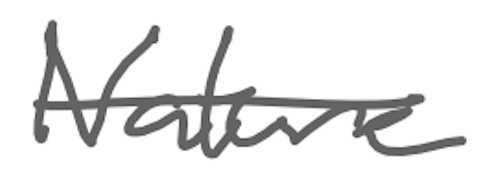
Text: Nature
Cross-out: single-line
Writing tool: digital_gray